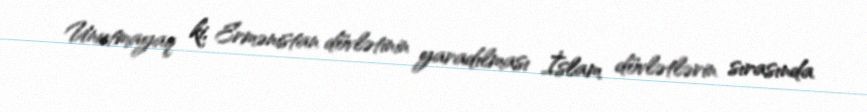
Unutmayaq ki, Ermənistan dövlətinin yaradılması İslam dövlətlərin sırasında